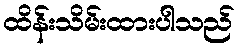
ထိန်းသိမ်းထားပါသည်